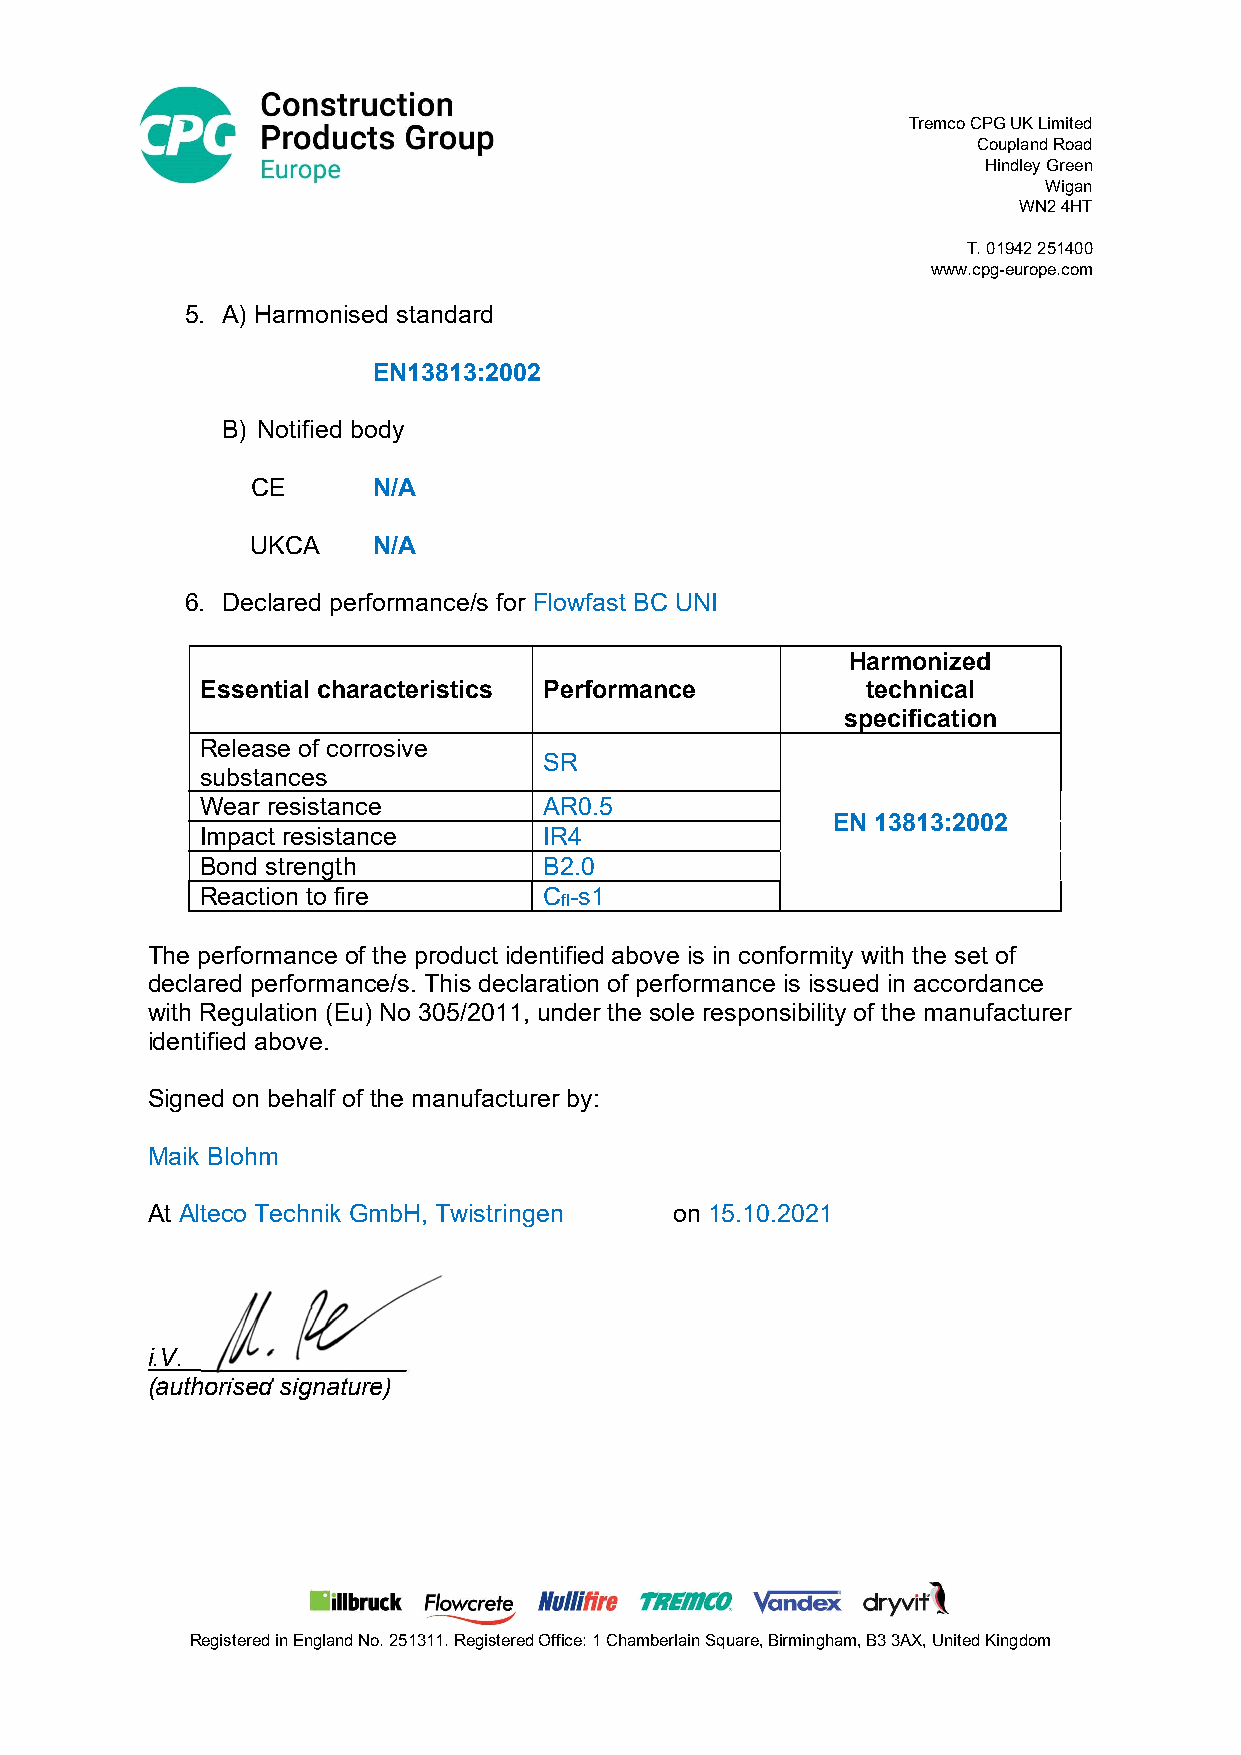
Tremco CPG UK Limited
 Coupland Road
 Hindley Green
 Wigan
 WN2 4HT
 T. 01942 251400
 www.cpg-europe.com
 5. A) Harmonised standard
 EN13813:2002
 B) Notified body
 CE      N/A
 UKCA    N/A
 6. Declared performance/s for Flowfast BC UNI
 Harmonized
 Essential characteristics Performance       technical
 specification
 Release of corrosive
 SR
 substances
 Wear resistance        AR0.5
 EN 13813:2002
 Impact resistance      IR4
 Bond strength          B2.0
 Reaction to fire       C -s1
 fl
 The performance of the product identified above is in conformity with the set of
 declared performance/s. This declaration of performance is issued in accordance
 with Regulation (Eu) No 305/2011, under the sole responsibility of the manufacturer
 identified above.
 Signed on behalf of the manufacturer by:
 Maik Blohm
 At Alteco Technik GmbH, Twistringen on 15.10.2021
 i.V.________________
 (authorised signature)
 Registered in England No. 251311. Registered Office: 1 Chamberlain Square, Birmingham, B3 3AX, United Kingdom